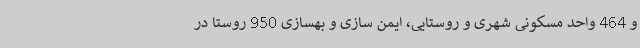
و 464 واحد مسکونی شهری و روستایی، ایمن سازی و بهسازی 950 روستا در